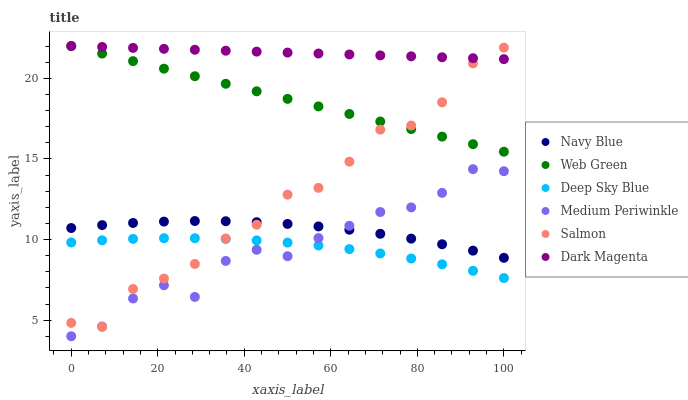
| xaxis_label | Navy Blue | Web Green | Deep Sky Blue | Medium Periwinkle | Salmon | Dark Magenta |
 | --- | --- | --- | --- | --- | --- | --- |
 | 0 | 10.7 | 22 | 9.82 | 4 | 4.83 | 22 |
 | 7.14 | 10.9 | 21.5 | 9.95 | 4.6 | 4.58 | 21.9 |
 | 14.3 | 11 | 21.1 | 10 | 6.34 | 6.93 | 21.9 |
 | 21.4 | 11.1 | 20.6 | 10.1 | 7.16 | 7.58 | 21.8 |
 | 28.6 | 11.1 | 20.1 | 10.1 | 6.44 | 8.48 | 21.8 |
 | 35.7 | 11.1 | 19.7 | 10 | 8.67 | 10.1 | 21.7 |
 | 42.9 | 11.1 | 19.2 | 9.94 | 9.36 | 10.9 | 21.7 |
 | 50 | 11 | 18.7 | 9.81 | 8.96 | 12.8 | 21.6 |
 | 57.1 | 10.8 | 18.3 | 9.63 | 10.1 | 13.2 | 21.5 |
 | 64.3 | 10.6 | 17.8 | 9.4 | 10.9 | 14.8 | 21.5 |
 | 71.4 | 10.4 | 17.3 | 9.14 | 11.7 | 16.8 | 21.4 |
 | 78.6 | 10.1 | 16.8 | 8.82 | 12 | 17.1 | 21.4 |
 | 85.7 | 9.71 | 16.4 | 8.46 | 12.9 | 18.5 | 21.3 |
 | 92.9 | 9.31 | 15.9 | 8.06 | 14.4 | 20.9 | 21.2 |
 | 100 | 8.86 | 15.4 | 7.61 | 14.2 | 21.9 | 21.2 |